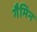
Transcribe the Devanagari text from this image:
गैमिन